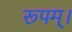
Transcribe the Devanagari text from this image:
रूपम्।